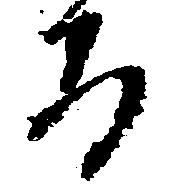
る